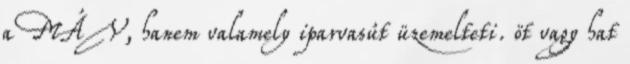
a MÁV, hanem valamely iparvasút üzemelteti. öt vagy hat